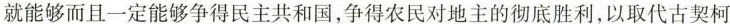
就能够而且一定能够争得民主共和国，争得农民对地主的彻底胜利，以取代古契柯